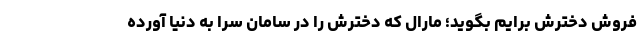
فروش دخترش برایم بگوید؛ مارال که دخترش را در سامان سرا به دنیا آورده